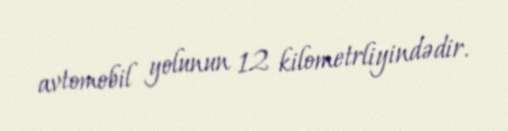
avtomobil yolunun 12 kilometrliyindədir.